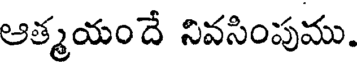
ఆత్మయందే నివసింపుము.